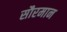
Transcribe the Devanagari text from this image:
सौरमान